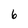
Character: 6